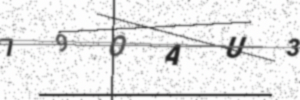
Text: 79OAU3